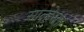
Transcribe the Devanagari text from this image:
साल्हेरला